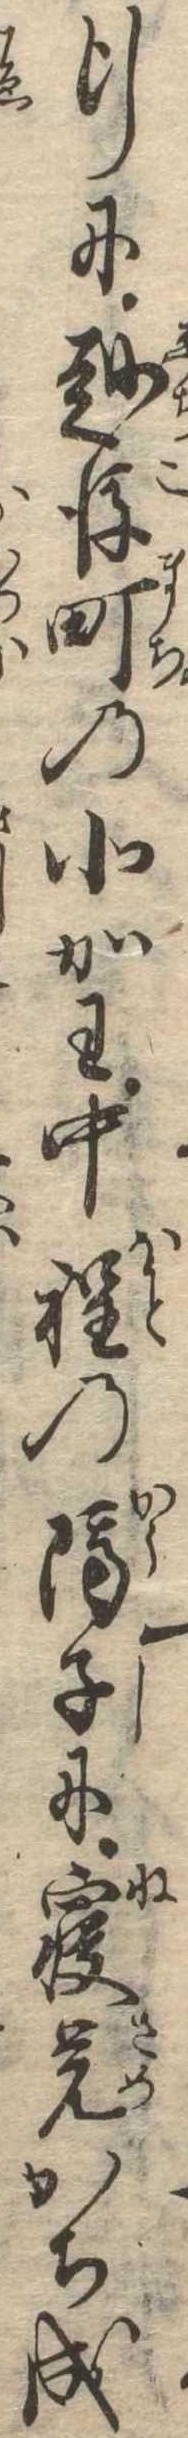
行に越後町の北かわ中程の隔子に寝覚かち成